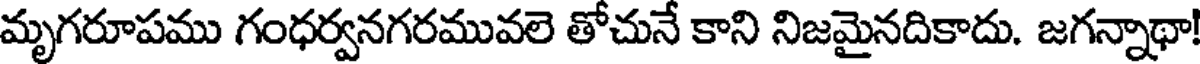
మృగరూపము గంధర్వనగరమువలె తోచునే కాని నిజమైనదికాదు. జగన్నాథా